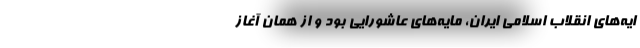
ایه‌های انقلاب اسلامی ایران، مایه‌های عاشورایی بود و از همان آغاز